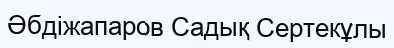
Әбдіжапаров Садық Сертекұлы